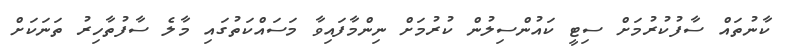
ކާނުތައް ސާފުކުރުމަށް ސިޓީ ކައުންސިލުން ކުރުމަށް ނިންމާފައިވާ މަސައްކަތުގައި މާލެ ސާފުތާހިރު ތަނަކަށް